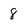
Character: 8